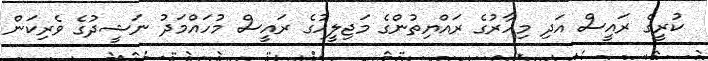
ކުރީގެ ރައީސް އަދި މިހާރުގެ ރައްޔިތުންގެ މަޖިލީހުގެ ރައީސް މުހައްމަދު ނަޝީދުގެ ވެރިކަން